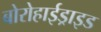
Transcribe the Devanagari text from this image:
बोरोहाईड्राइड